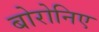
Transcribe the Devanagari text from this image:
बोरोनिए